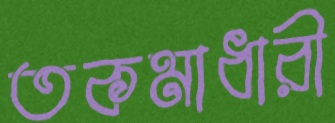
তকমাধারী